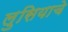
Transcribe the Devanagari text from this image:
लुसियाचे